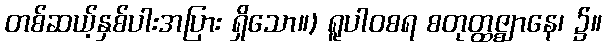
တစ်ဆယ့်နှစ်ပါးအပြား ရှိသော။) ရူပါဝစရ စတုတ္ထဇ္ဈာနေ၊ ၌။